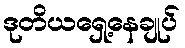
ဒုတိယရှေ့နေချုပ်